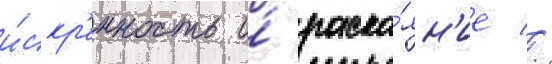
и́скр'енность и́ раска́ян'ие //